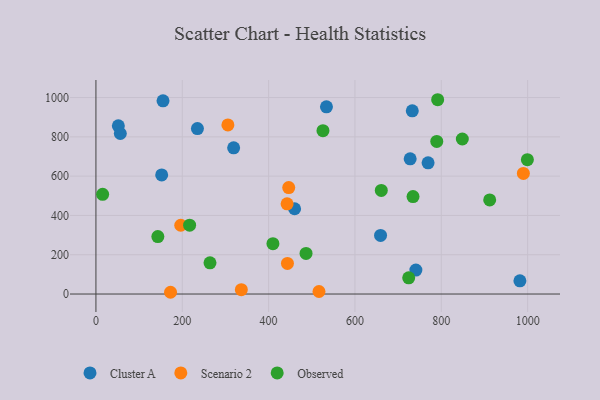
{"axis": {"x": "Speed", "y": "Fuel Efficiency"}, "legend": ["Cluster A", "Observed", "Scenario 2"], "data": [{"x": "319.0", "y": 744.0, "type": "Cluster A"}, {"x": "741.1", "y": 122.0, "type": "Cluster A"}, {"x": "982.1", "y": 67.2, "type": "Cluster A"}, {"x": "534.0", "y": 952.7, "type": "Cluster A"}, {"x": "51.9", "y": 855.9, "type": "Cluster A"}, {"x": "155.4", "y": 983.3, "type": "Cluster A"}, {"x": "732.8", "y": 932.5, "type": "Cluster A"}, {"x": "727.9", "y": 688.1, "type": "Cluster A"}, {"x": "460.2", "y": 434.0, "type": "Cluster A"}, {"x": "152.3", "y": 606.1, "type": "Cluster A"}, {"x": "769.4", "y": 668.0, "type": "Cluster A"}, {"x": "56.5", "y": 817.0, "type": "Cluster A"}, {"x": "235.1", "y": 842.2, "type": "Cluster A"}, {"x": "659.3", "y": 298.3, "type": "Cluster A"}, {"x": "172.8", "y": 8.9, "type": "Scenario 2"}, {"x": "336.8", "y": 22.2, "type": "Scenario 2"}, {"x": "442.8", "y": 459.3, "type": "Scenario 2"}, {"x": "196.5", "y": 350.0, "type": "Scenario 2"}, {"x": "443.6", "y": 155.5, "type": "Scenario 2"}, {"x": "990.1", "y": 614.0, "type": "Scenario 2"}, {"x": "516.7", "y": 12.9, "type": "Scenario 2"}, {"x": "305.7", "y": 860.5, "type": "Scenario 2"}, {"x": "446.6", "y": 541.6, "type": "Scenario 2"}, {"x": "486.7", "y": 206.7, "type": "Observed"}, {"x": "217.0", "y": 350.2, "type": "Observed"}, {"x": "789.5", "y": 776.8, "type": "Observed"}, {"x": "143.4", "y": 292.6, "type": "Observed"}, {"x": "848.7", "y": 789.2, "type": "Observed"}, {"x": "525.9", "y": 831.7, "type": "Observed"}, {"x": "264.2", "y": 158.7, "type": "Observed"}, {"x": "661.0", "y": 527.3, "type": "Observed"}, {"x": "999.4", "y": 683.8, "type": "Observed"}, {"x": "410.0", "y": 256.4, "type": "Observed"}, {"x": "734.5", "y": 495.9, "type": "Observed"}, {"x": "791.6", "y": 989.0, "type": "Observed"}, {"x": "724.5", "y": 82.5, "type": "Observed"}, {"x": "912.1", "y": 479.1, "type": "Observed"}, {"x": "15.5", "y": 507.6, "type": "Observed"}]}